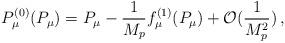
LaTeX: \begin{align*} P^{(0)}_\mu (P_\mu) = P_\mu - \frac{1}{M_p} f^{(1)}_\mu (P_\mu) + {\cal O} ( \frac{1}{M_{p}^2})\, ,\end{align*}